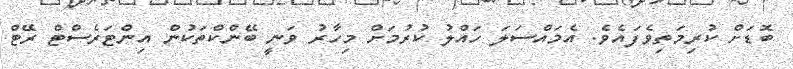
ބޮޑަށް ކުރިމަތިވެފައެވެ. އެމައްސަލަ ހައްލު ކުރުމަށް މިހާރު ވަނީ ބޭންކްތަކުން އިންޓަރެސްޓް ރޭޓް